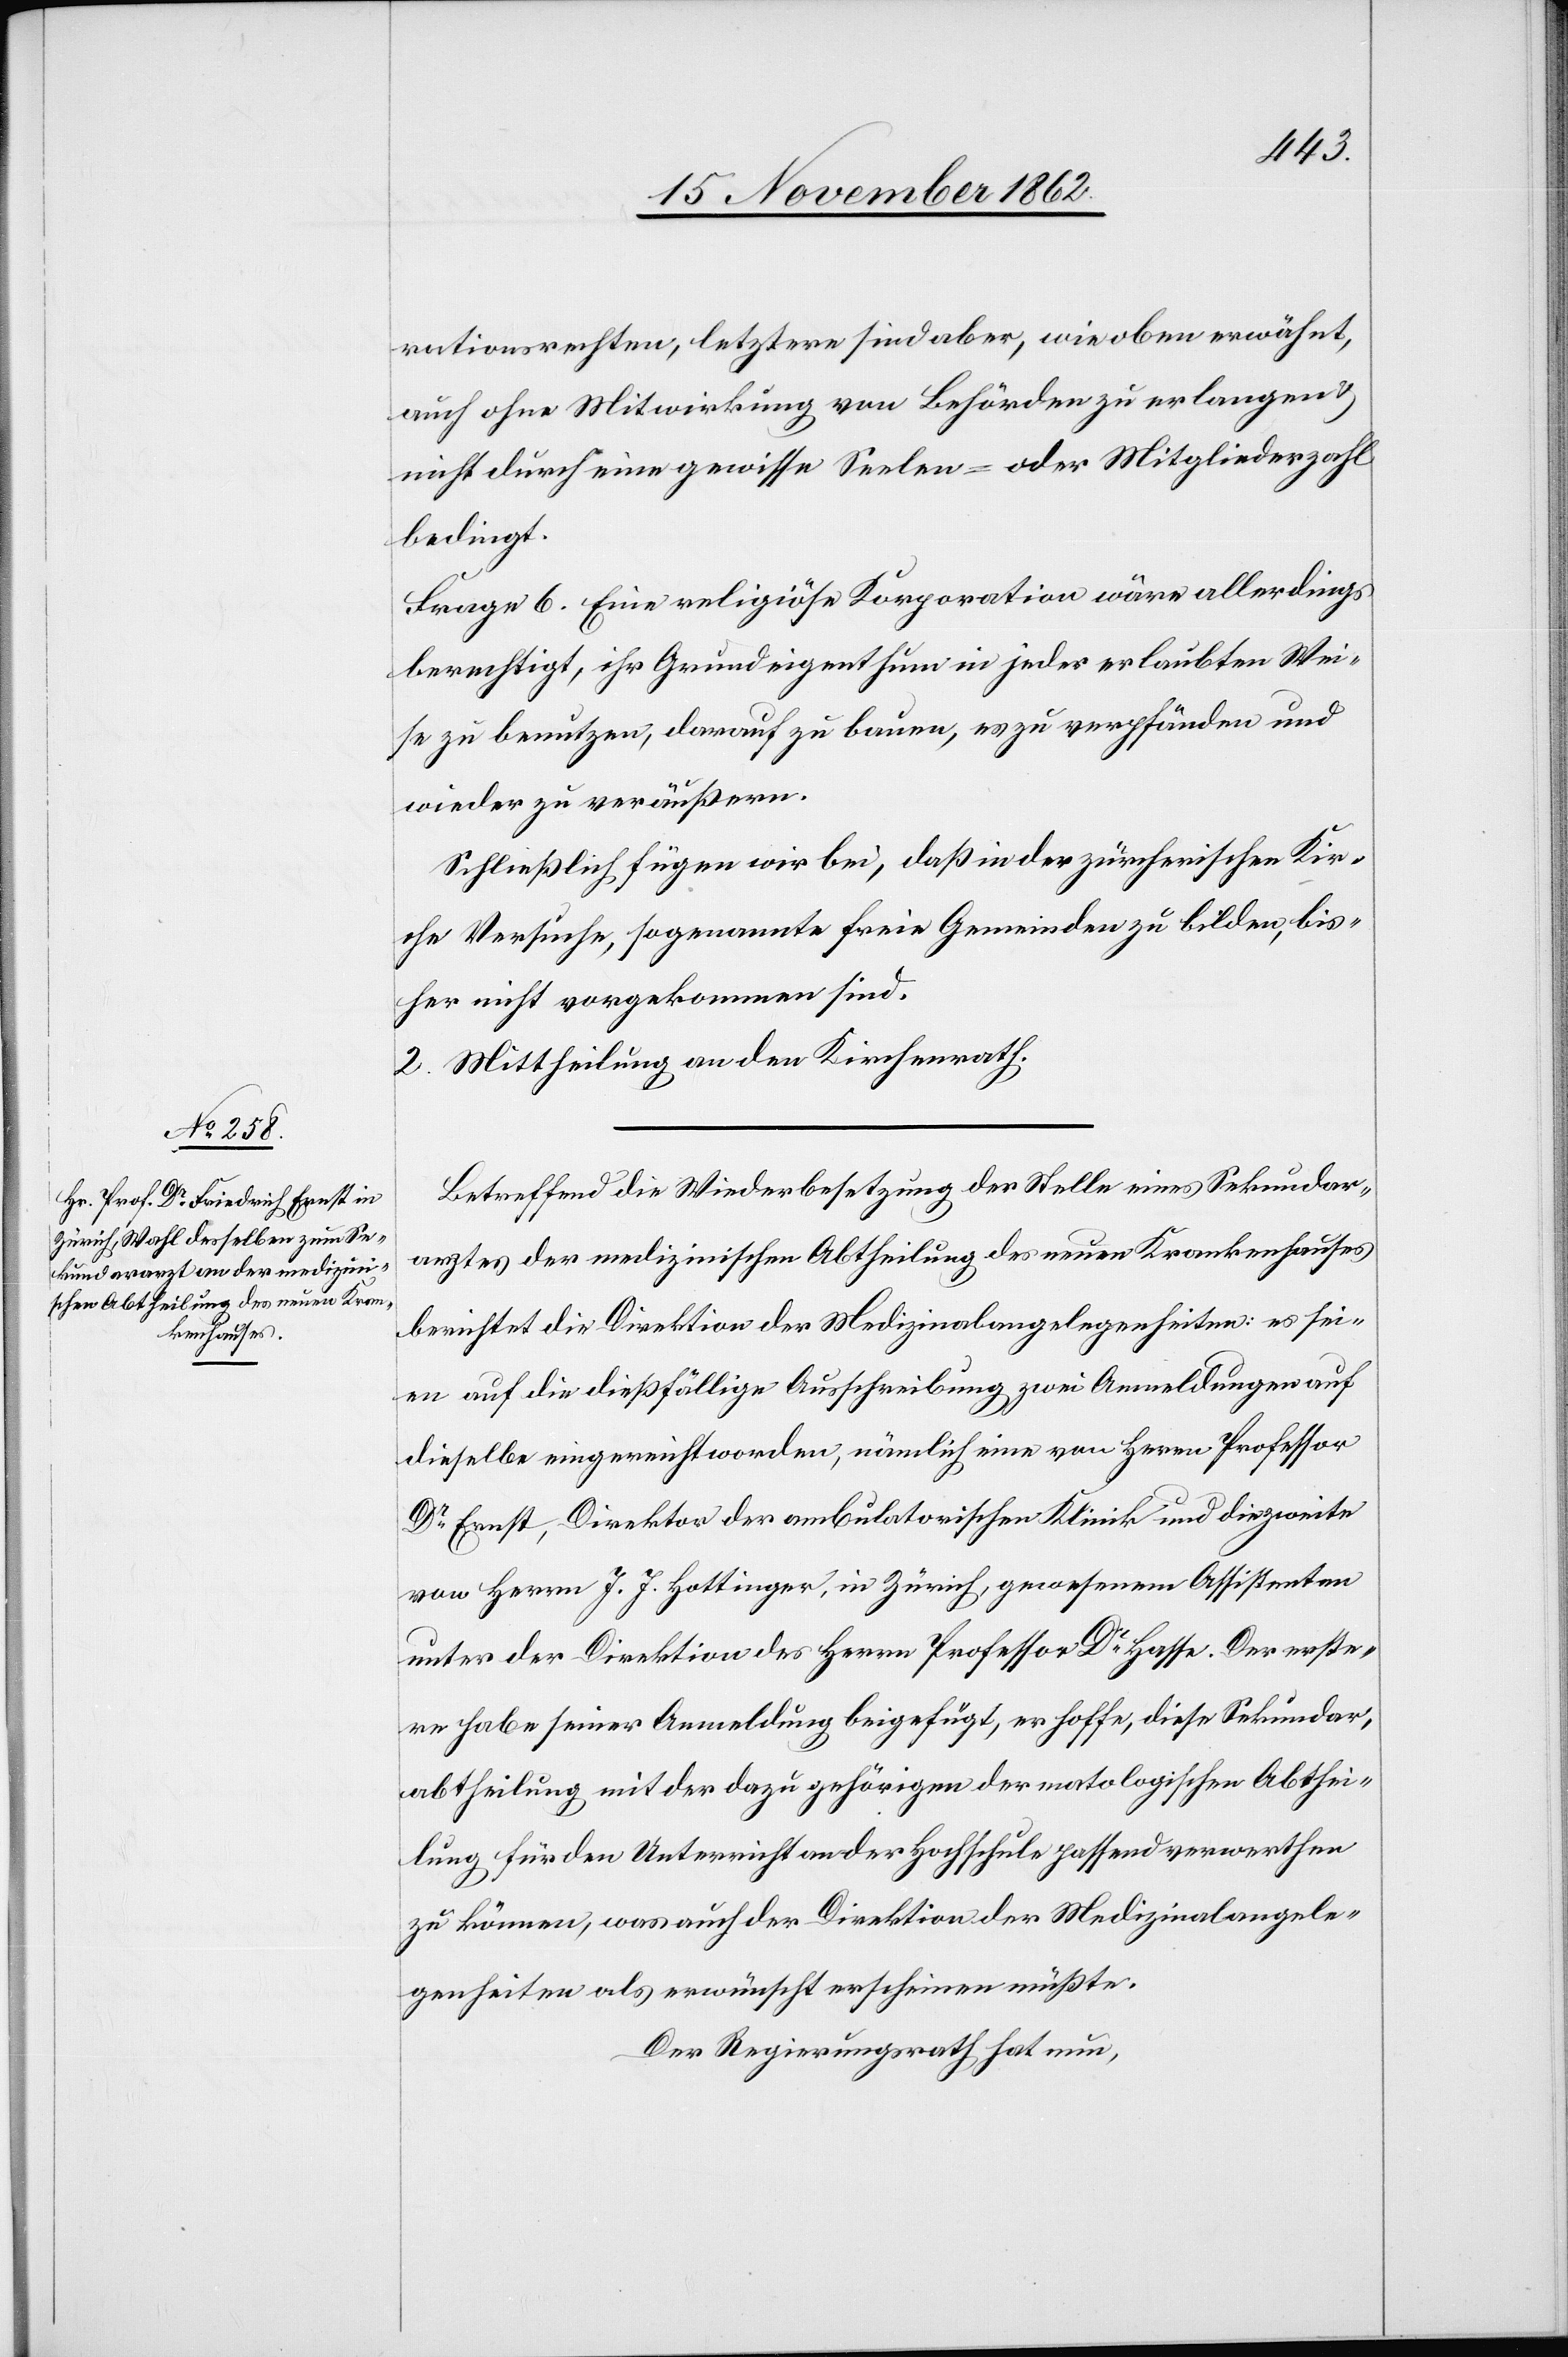
rationsrechten, letztere sind aber, wie oben erwähnt,
auch ohne Mitwirkung von Behörden zu erlangen u.
nicht durch eine gewisse Seelen- oder Mitgliederzahl
bedingt.
Frage 6. Eine religiöse Korporation wäre allerdings
berechtigt, ihr Grundeigenthum in jeder erlaubten Wei¬
se zu benutzen, darauf zu bauen, es zu verpfänden und
wieder zu veräußern.
Schließlich fügen wir bei, daß in der zürcherischen Kir¬
che Versuche, sogenannte freie Gemeinde zu bilden, bis¬
her nicht vorgekommen sind.
2. Mittheilung an den Kirchenrath.
Betreffend die Wiederbesetzung der Stelle eines Sekundar¬
arztes der medizinischen Abtheilung des neuen Krankenhauses
berichtet die Direktion der Medizinalangelegenheiten: es sei¬
en auf die dießfällige Ausschreibung zwei Anmeldungen auf
dieselbe eingereicht worden, nämlich eine von Herrn Professor
Dr. Ernst, Direktor der ambulatorischen Klinik und die zweite
von Herrn J. J. Hottinger, in Zürich, gewesenen Assistenten
unter der Direktion des Herrn Professor Dr. Hasse. Der erste¬
re habe seiner Anmeldung beigefügt, er hoffe, diese Sekundar¬
abtheilung mit der dazu gehörigen der matologischen Abthei¬
lung für den Unterricht an der Hochschule passend verwerthen
zu können, was auch der Direktion der Medizinalangele¬
genheiten als erwünscht erscheinen müßte.
Der Regierungsrath hat nun,